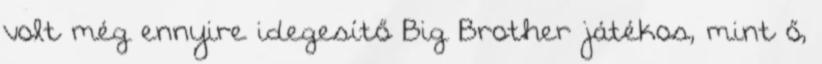
volt még ennyire idegesítő Big Brother játékos, mint ő,